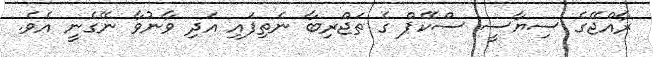
ރާއްޖޭގެ ސިޔާސީ ސްކޭޕް ގެ ތަޖްރިބާ ނެތިފައި އަދި ވާނުވާ ނޭގެނީ އެވެ.